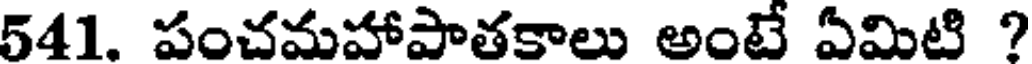
541. పంచమహాపాతకాలు అంటే ఏమిటి ?